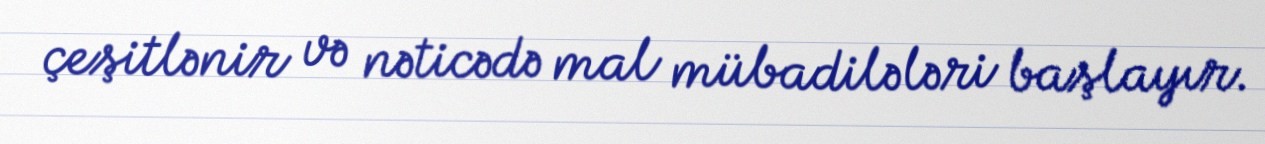
çeşitlənir və nəticədə mal mübadilələri başlayır.